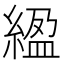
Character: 䋼